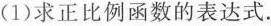
(1)求正比例函数的表达式.